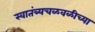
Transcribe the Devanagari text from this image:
स्वातंत्र्यचळवळीच्या